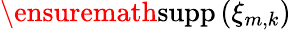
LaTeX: \ensuremath{\mathrm{supp\, }}(\xi_{m,k})